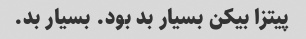
پیتزا بیکن بسیار بد بود. بسیار بد.